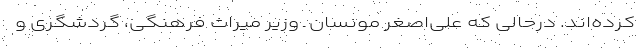
کرده‌اند. درحالی که علی‌اصغر مونسان ـ وزیر میراث فرهنگی، گردشگری و